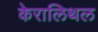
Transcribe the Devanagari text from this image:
केरालिथल